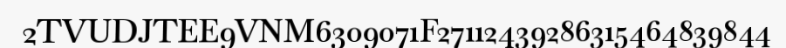
2TVUDJTEE9VNM6309071F27112439286315464839844